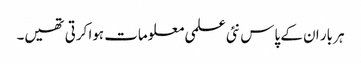
ہر بار ان کے پاس نئی علمی معلومات ہوا کرتی تھیں۔